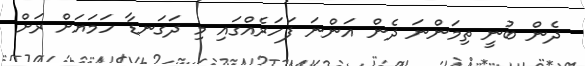
ދެން ބުނީ ތިމަންނަ ދެން އަންނަ ފަހަރެއްގައި މި ދަގަނޑާ ހަމަޔަށް ރަށް